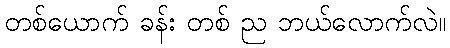
တစ်ယောက် ခန်း တစ် ည ဘယ်လောက်လဲ။